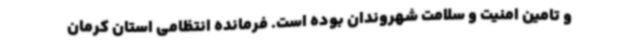
و تامین امنیت و سلامت شهروندان بوده است. فرمانده انتظامی استان کرمان